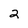
Character: 2